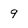
Character: 9